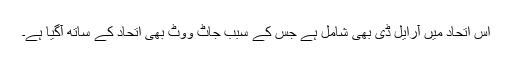
اس اتحاد میں آرایل ڈی بھی شامل ہے جس کے سبب جاٹ ووٹ بھی اتحاد کے ساتھ آگیا ہے۔